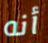
أنه